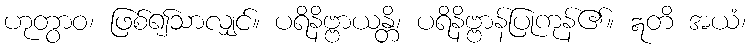
ဟုတွာဝ၊ ဖြစ်၍သာလျှင်။ ပရိနိဗ္ဗာယန္တိ၊ ပရိနိဗ္ဗာန်ပြုကုန်၏။ ဣတိ အယံ၊